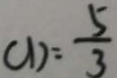
C D = \frac { 5 } { 3 }